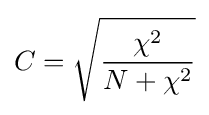
C={\sqrt {\frac {\chi ^{2}}{N+\chi ^{2}}}}